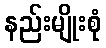
နည်းမျိုးစုံ